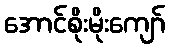
အောင်စိုးမိုးကျော်